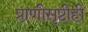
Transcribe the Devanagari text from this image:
प्राणीसृष्टीही